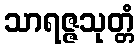
သာရဇ္ဇသုတ္တံ